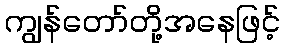
ကျွန်တော်တို့အနေဖြင့်